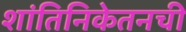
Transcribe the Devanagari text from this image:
शांतिनिकेतनची